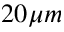
2 0 \mu m